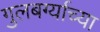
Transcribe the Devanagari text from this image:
गुलबर्ग्याच्या